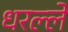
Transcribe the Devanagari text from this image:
धरल्ले